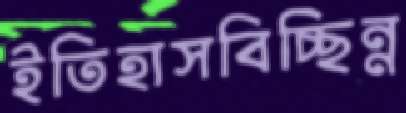
ইতিহাসবিচ্ছিন্ন